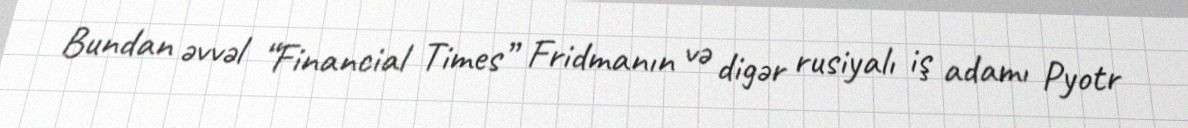
Bundan əvvəl “Financial Times” Fridmanın və digər rusiyalı iş adamı Pyotr